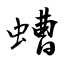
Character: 螬